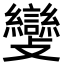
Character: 𣀵